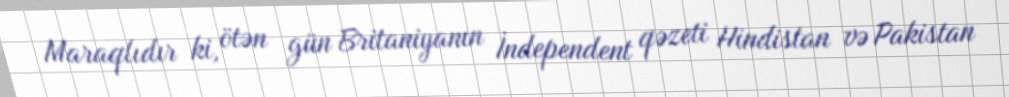
Maraqlıdır ki, ötən gün Britaniyanın İndependent qəzeti Hindistan və Pakistan